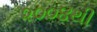
૨૦૦૪થી